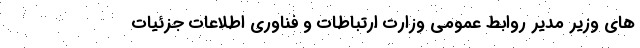
های وزیر مدیر روابط عمومی وزارت ارتباطات و فناوری اطلاعات جزئیات